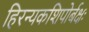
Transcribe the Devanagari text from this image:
हिरन्यकशिपोर्बक्षः